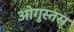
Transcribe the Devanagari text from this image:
ओगुस्तस